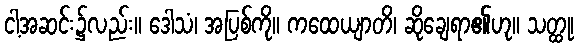
ငါ့အဆင်း၌လည်း။ ဒေါသံ၊ အပြစ်ကို။ ကထေယျာတိ၊ ဆိုချေရာ၏ဟု။ သတ္ထု၊